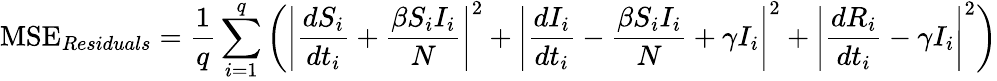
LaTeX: \mathrm{MSE}_{Residuals}=\frac{1}{q}\sum_{i=1}^{q}\left(\left|\frac{d{S}_{i}}{dt_{i}}+\frac{\beta{S}_{i}{I}_{i}}{N}\right|^{2}+\left|\frac{d{I}_{i}}{dt_{i}}-\frac{\beta{S}_{i}{I}_{i}}{N}+\gamma I_{i}\right|^{2}+\left|\frac{d{R}_{i}}{dt_{i}}-\gamma I_{i}\right|^{2}\right)